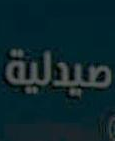
صيدلية